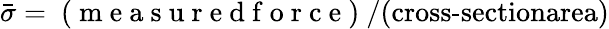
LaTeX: \bar{\sigma}=\mathrm{~(~m~e~a~s~u~r~e~d~f~o~r~c~e~)~}/\textup{(cross-sectionarea)}